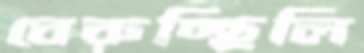
বেরুচ্ছিলি